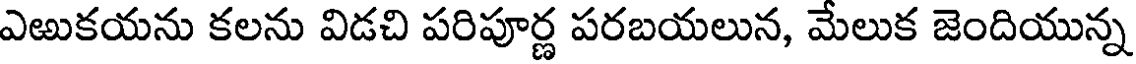
ఎఱుకయను కలను విడచి పరిపూర్ణ పరబయలున, మేలుక జెందియున్న